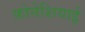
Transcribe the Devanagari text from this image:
फ़ोनेशियाई